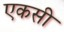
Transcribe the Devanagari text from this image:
एकसी